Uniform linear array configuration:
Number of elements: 64
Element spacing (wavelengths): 0.75
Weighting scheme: cosine
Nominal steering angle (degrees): -45
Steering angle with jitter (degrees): -45.559
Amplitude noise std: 0.05
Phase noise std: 0.05

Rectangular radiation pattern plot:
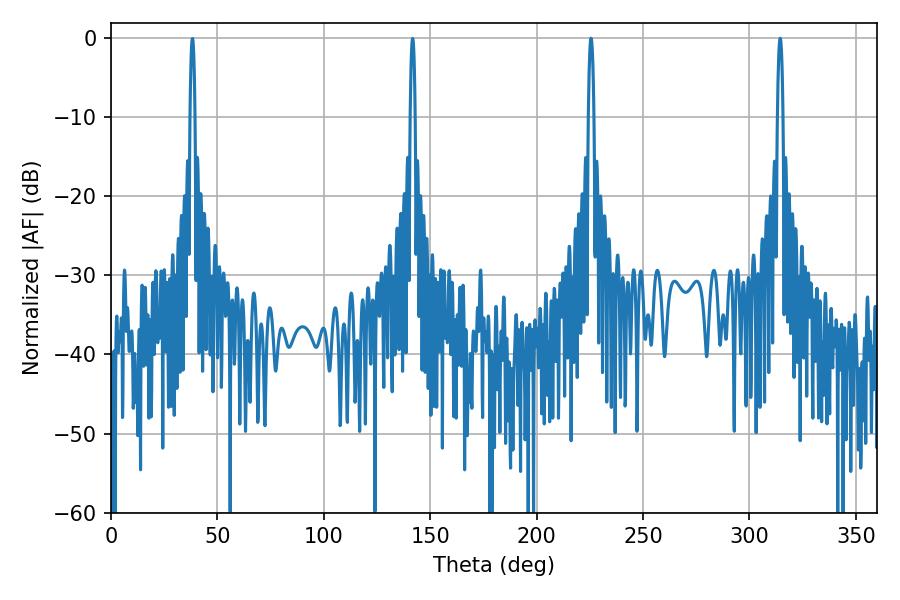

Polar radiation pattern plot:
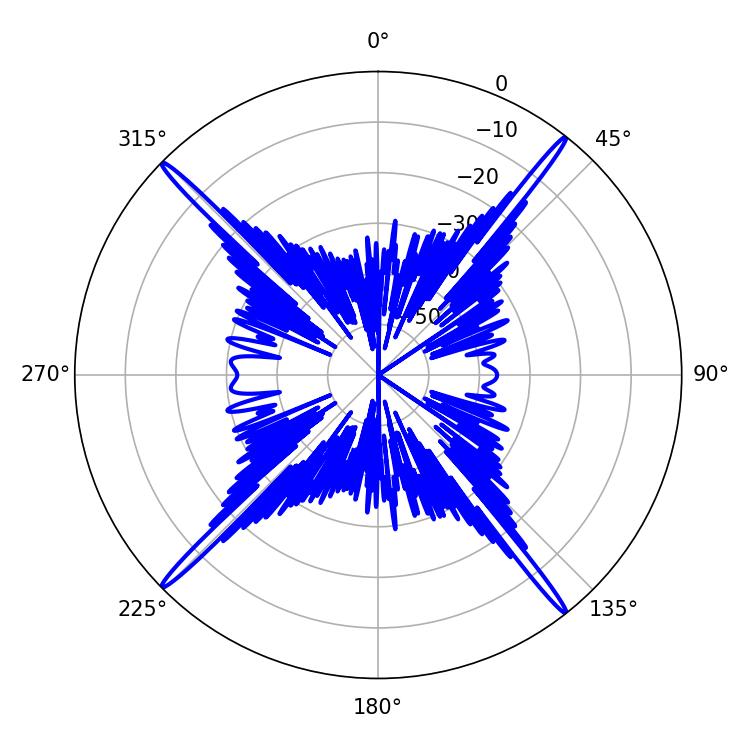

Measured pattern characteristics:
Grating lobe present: TRUE
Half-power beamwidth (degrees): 1.44
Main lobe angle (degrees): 225.54